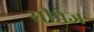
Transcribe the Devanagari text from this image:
सीपेज